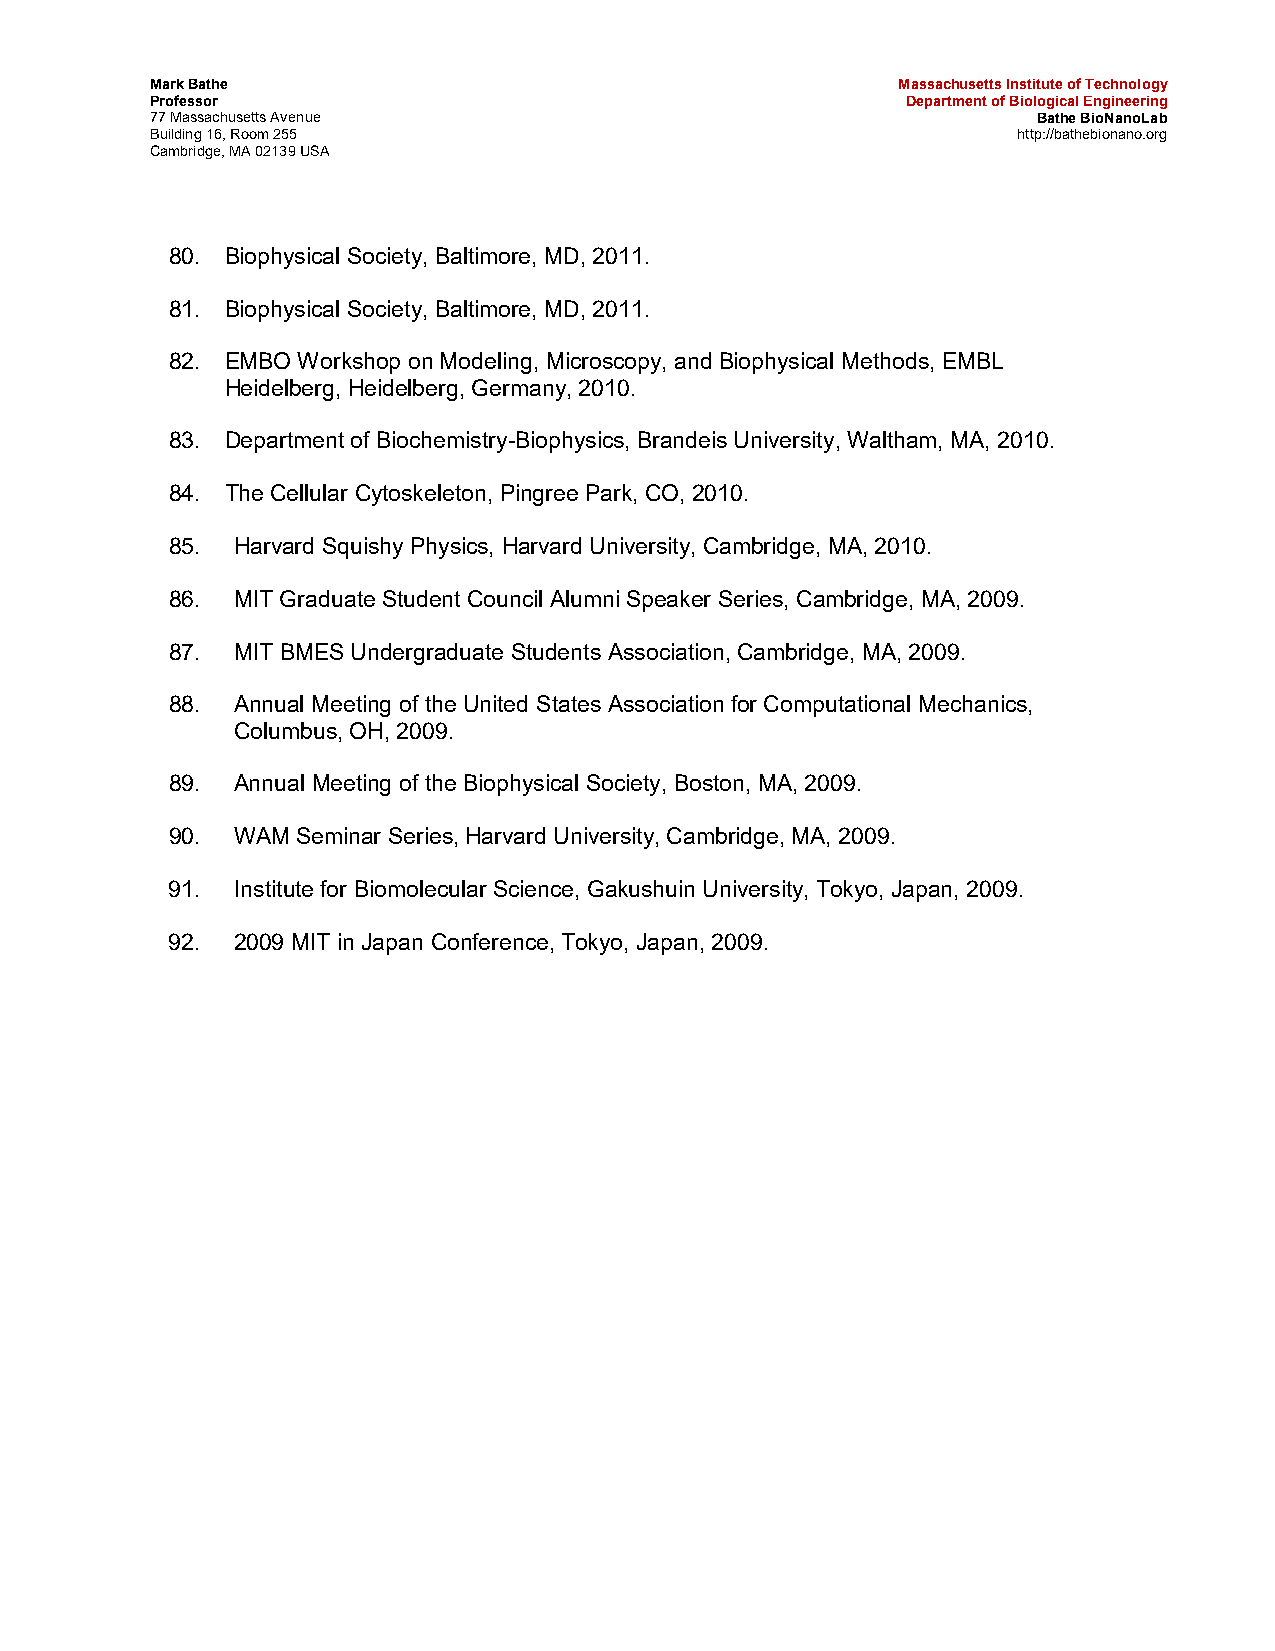
Mark Bathe                                       Massachusetts Institute of Technology
 Professor                                         Department of Biological Engineering
 77 Massachusetts Avenue                                    Bathe BioNanoLab
 Building 16, Room 255                                    http://bathebionano.org
 Cambridge, MA 02139 USA
 80. Biophysical Society, Baltimore, MD, 2011.
 81. Biophysical Society, Baltimore, MD, 2011.
 82. EMBO Workshop on Modeling, Microscopy, and Biophysical Methods, EMBL
 Heidelberg, Heidelberg, Germany, 2010.
 83. Department of Biochemistry-Biophysics, Brandeis University, Waltham, MA, 2010.
 84. The Cellular Cytoskeleton, Pingree Park, CO, 2010.
 85.  Harvard Squishy Physics, Harvard University, Cambridge, MA, 2010.
 86.  MIT Graduate Student Council Alumni Speaker Series, Cambridge, MA, 2009.
 87.  MIT BMES Undergraduate Students Association, Cambridge, MA, 2009.
 88.  Annual Meeting of the United States Association for Computational Mechanics,
 Columbus, OH, 2009.
 89.  Annual Meeting of the Biophysical Society, Boston, MA, 2009.
 90.  WAM Seminar Series, Harvard University, Cambridge, MA, 2009.
 91.  Institute for Biomolecular Science, Gakushuin University, Tokyo, Japan, 2009.
 92.  2009 MIT in Japan Conference, Tokyo, Japan, 2009.